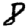
Digit: 8